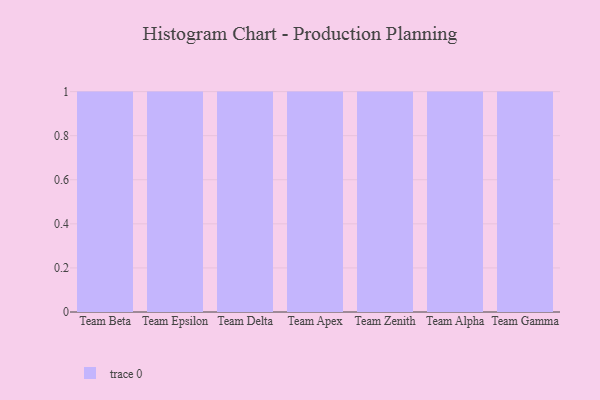
{"axis": {"x": "Team", "y": "Waste Production (Tons)"}, "legend": [""], "data": [{"x": "Team Beta", "y": 98, "type": ""}, {"x": "Team Epsilon", "y": 78, "type": ""}, {"x": "Team Delta", "y": 36, "type": ""}, {"x": "Team Apex", "y": 68, "type": ""}, {"x": "Team Zenith", "y": 68, "type": ""}, {"x": "Team Alpha", "y": 42, "type": ""}, {"x": "Team Gamma", "y": 94, "type": ""}]}